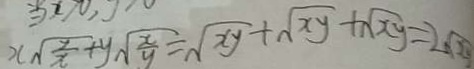
x \sqrt { \frac { y } { x } } + y \sqrt { \frac { x } { y } } = \sqrt { x y } + \sqrt { x y } + \sqrt { x y } = 2 \sqrt { 2 }